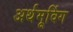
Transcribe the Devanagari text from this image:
अर्थमूविंग